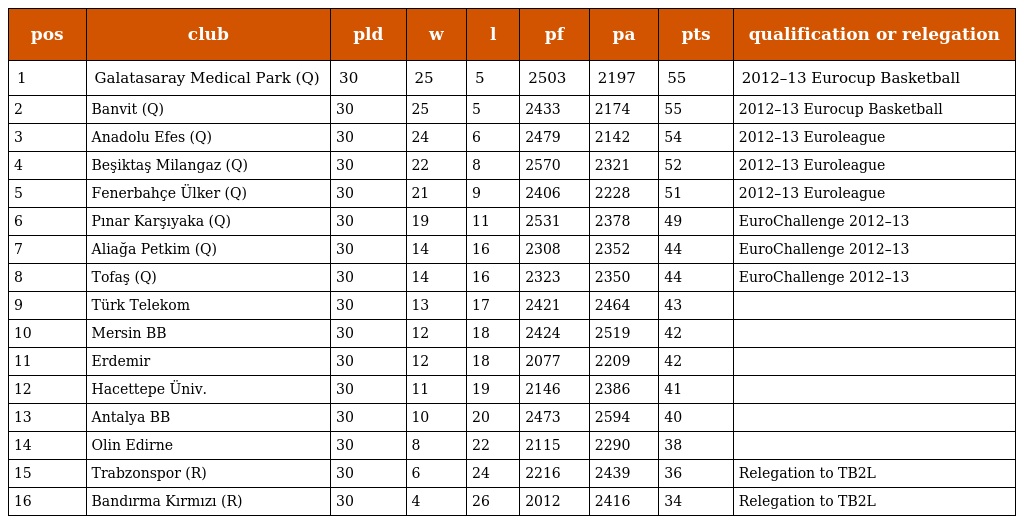
| pos | club | pld | w | l | pf | pa | pts | qualification or relegation |
 | --- | --- | --- | --- | --- | --- | --- | --- | --- |
 | 1 | Galatasaray Medical Park (Q) | 30 | 25 | 5 | 2503 | 2197 | 55 | 2012–13 Eurocup Basketball |
 | 2 | Banvit (Q) | 30 | 25 | 5 | 2433 | 2174 | 55 | 2012–13 Eurocup Basketball |
 | 3 | Anadolu Efes (Q) | 30 | 24 | 6 | 2479 | 2142 | 54 | 2012–13 Euroleague |
 | 4 | Beşiktaş Milangaz (Q) | 30 | 22 | 8 | 2570 | 2321 | 52 | 2012–13 Euroleague |
 | 5 | Fenerbahçe Ülker (Q) | 30 | 21 | 9 | 2406 | 2228 | 51 | 2012–13 Euroleague |
 | 6 | Pınar Karşıyaka (Q) | 30 | 19 | 11 | 2531 | 2378 | 49 | EuroChallenge 2012–13 |
 | 7 | Aliağa Petkim (Q) | 30 | 14 | 16 | 2308 | 2352 | 44 | EuroChallenge 2012–13 |
 | 8 | Tofaş (Q) | 30 | 14 | 16 | 2323 | 2350 | 44 | EuroChallenge 2012–13 |
 | 9 | Türk Telekom | 30 | 13 | 17 | 2421 | 2464 | 43 |  |
 | 10 | Mersin BB | 30 | 12 | 18 | 2424 | 2519 | 42 |  |
 | 11 | Erdemir | 30 | 12 | 18 | 2077 | 2209 | 42 |  |
 | 12 | Hacettepe Üniv. | 30 | 11 | 19 | 2146 | 2386 | 41 |  |
 | 13 | Antalya BB | 30 | 10 | 20 | 2473 | 2594 | 40 |  |
 | 14 | Olin Edirne | 30 | 8 | 22 | 2115 | 2290 | 38 |  |
 | 15 | Trabzonspor (R) | 30 | 6 | 24 | 2216 | 2439 | 36 | Relegation to TB2L |
 | 16 | Bandırma Kırmızı (R) | 30 | 4 | 26 | 2012 | 2416 | 34 | Relegation to TB2L |